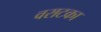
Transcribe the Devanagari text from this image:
वराटका